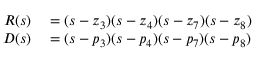
\begin{array} { r l } { R ( s ) } & { { } = ( s - z _ { 3 } ) ( s - z _ { 4 } ) ( s - z _ { 7 } ) ( s - z _ { 8 } ) } \\ { D ( s ) } & { { } = ( s - p _ { 3 } ) ( s - p _ { 4 } ) ( s - p _ { 7 } ) ( s - p _ { 8 } ) } \end{array}